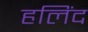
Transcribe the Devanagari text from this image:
हलिंद